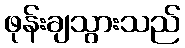
ဖုန်းချသွားသည်